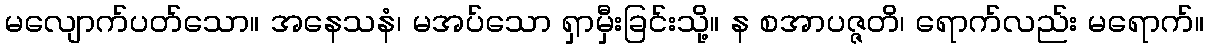
မလျောက်ပတ်သော။ အနေသနံ၊ မအပ်သော ရှာမှီးခြင်းသို့။ န စအာပဇ္ဇတိ၊ ရောက်လည်း မရောက်။